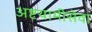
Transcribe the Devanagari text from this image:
अष्टयामीसेवा